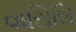
વાસિલિ